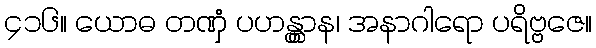
၄၁၆။ ယောဓ တဏှံ ပဟန္တွာန၊ အနာဂါရော ပရိဗ္ဗဇေ။